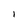
Character: 1